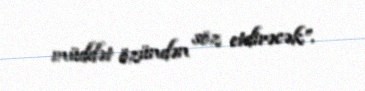
müddət özündən söz etdirəcək”.